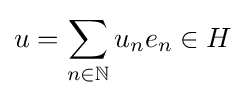
u=\sum _{n\in \mathbb {N} }u_{n}e_{n}\in H